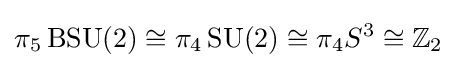
\pi _{5}\operatorname {BSU} (2)\cong \pi _{4}\operatorname {SU} (2)\cong \pi _{4}S^{3}\cong \mathbb {Z} _{2}